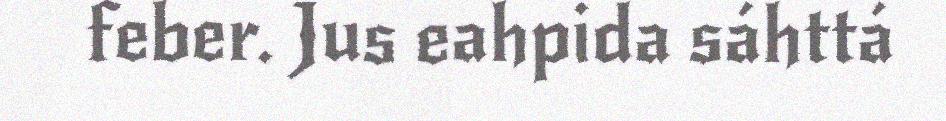
feber. Jus eahpida sáhttá